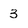
Character: 3